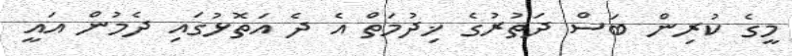
މީގެ ކުރިން ބަސް ދަތުރުގެ ޚިދުމަތް އެ ދެ އަތޮޅުގައި ދެމުން އައީ